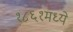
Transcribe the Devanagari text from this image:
१८६१मध्ये